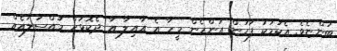
ބުންޏެވެ. އެކަމަކު ފަހުން އަންހެން މީހާ އެ އާއިލާ އާ ދެކޮޅަށް މައްސަލައެއް